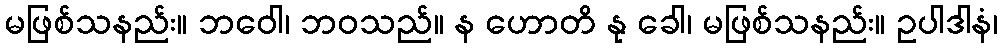
မဖြစ်သနည်း။ ဘဝေါ၊ ဘဝသည်။ န ဟောတိ နု ခေါ၊ မဖြစ်သနည်း။ ဥပါဒါနံ၊